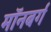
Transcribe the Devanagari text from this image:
मॉनबर्ग